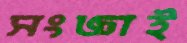
সংজ্ঞাই